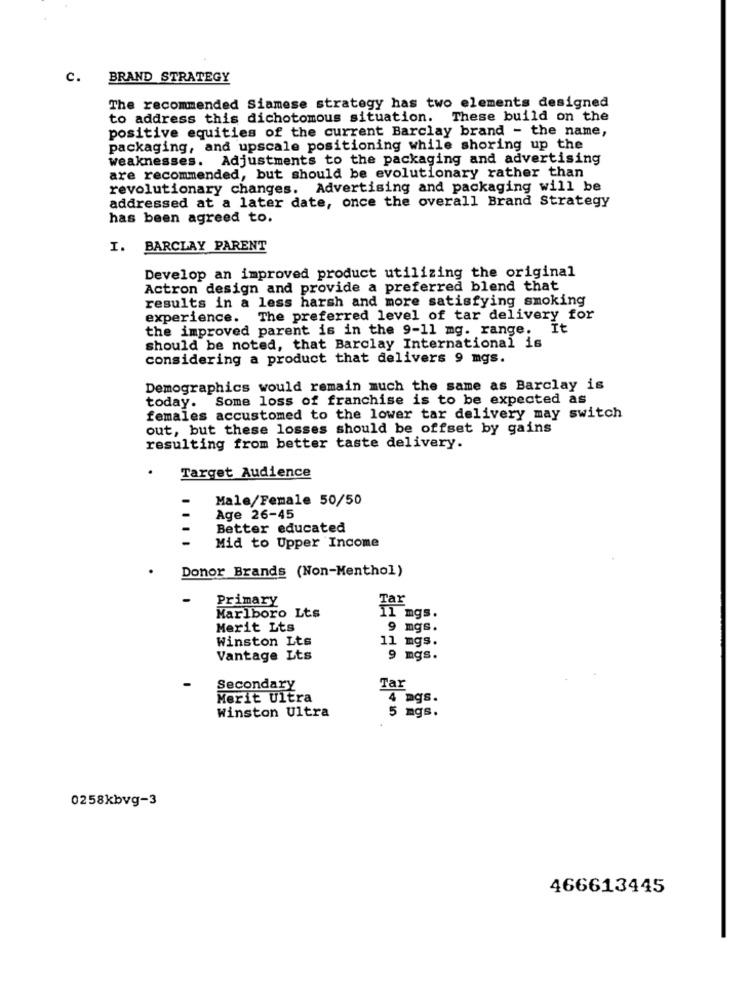
c.
BRAND STRATEGY
The recommended Siamese strategy has two elements designed
to address this dichotomous situation. These build on the
positive equities of the current Barclay brand - the name,
packaging, and upscale positioning while shoring up the
weaknesses. Adjustments to the packaging and advertising
are recommended, but should be evolutionary rather than
revolutionary changes. Advertising and packaging will be
addressed at a later date, once the overall Brand Strategy
has been agreed to.
I. BARCLAY PARENT
Develop an improved product utilizing the original
Actron design and provide a preferred blend that
results in a less harsh and more satisfying smoking
experience. The preferred level of tar delivery for
the improved parent is in the 9-11 mg. range. It
should be noted, that Barclay International is
considering a product that delivers 9 mgs.
Demographics would remain much the same as Barclay is
today. Some loss of franchise is to be expected as
females accustomed to the lower tar delivery may switch
out, but these losses should be offset by gains
resulting from better taste delivery.
Target Audience
Male/Female 50/50
Age 26-45
Better educated
Mid to Upper Income
Donor Brands (Non-Menthol)
Primary
Tar
Marlboro Lts
11 mgs.
Merit Lts
9 mgs.
Winston Lts
11 mgs.
Vantage Lts
9 mgs.
Secondary
Tar
Merit Ultra
4 mgs.
Winston Ultra
5 mgs.
0258kbvg-3
466613445